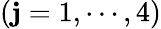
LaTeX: (\mathbf{j}=1,\cdots,4)